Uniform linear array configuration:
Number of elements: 16
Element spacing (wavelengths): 0.25
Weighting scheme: binomial
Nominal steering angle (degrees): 45
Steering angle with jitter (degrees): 45.162
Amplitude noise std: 0.05
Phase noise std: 0.05

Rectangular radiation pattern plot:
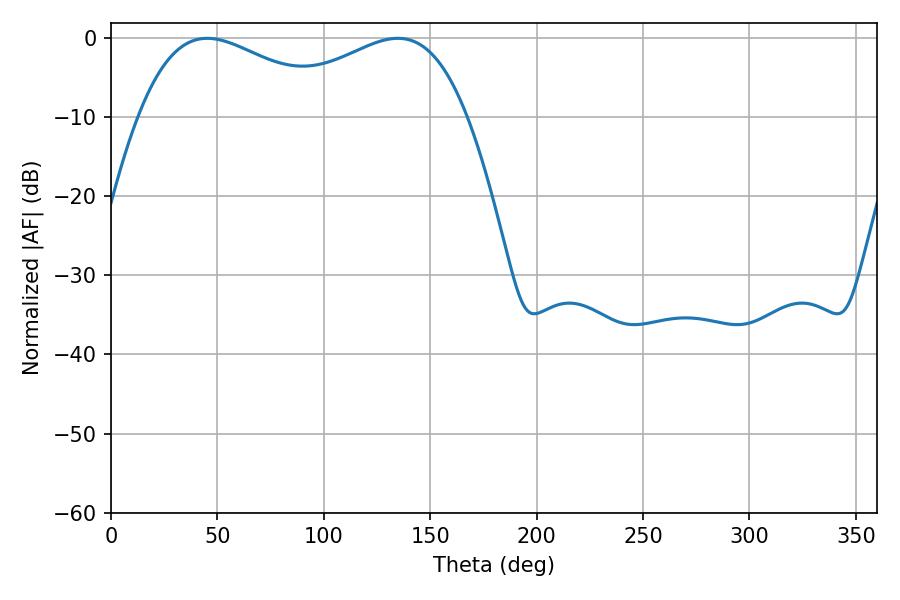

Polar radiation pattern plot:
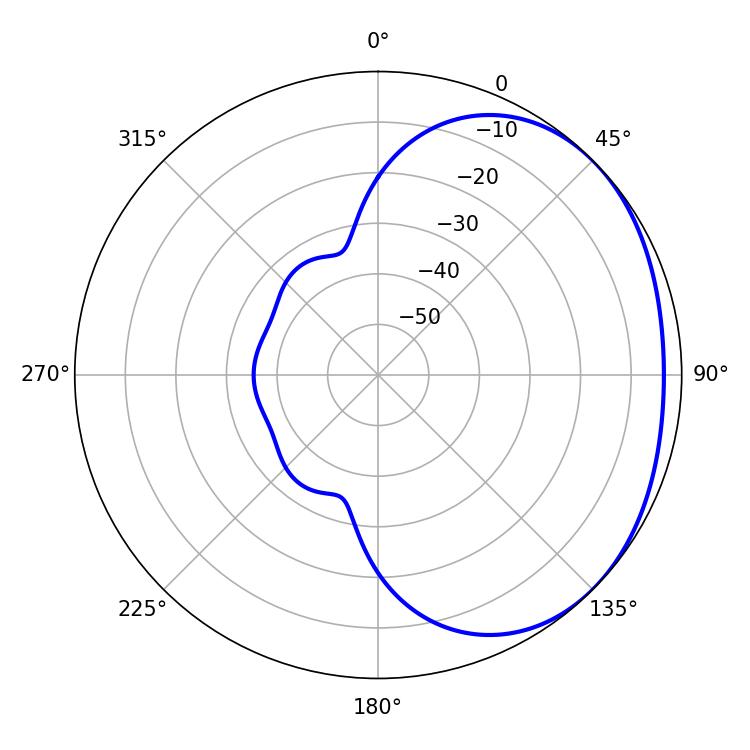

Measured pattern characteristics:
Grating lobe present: FALSE
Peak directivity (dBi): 1.844
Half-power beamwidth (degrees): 51.84
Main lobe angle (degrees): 45.18